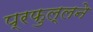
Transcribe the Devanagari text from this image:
प्रफुल्लने